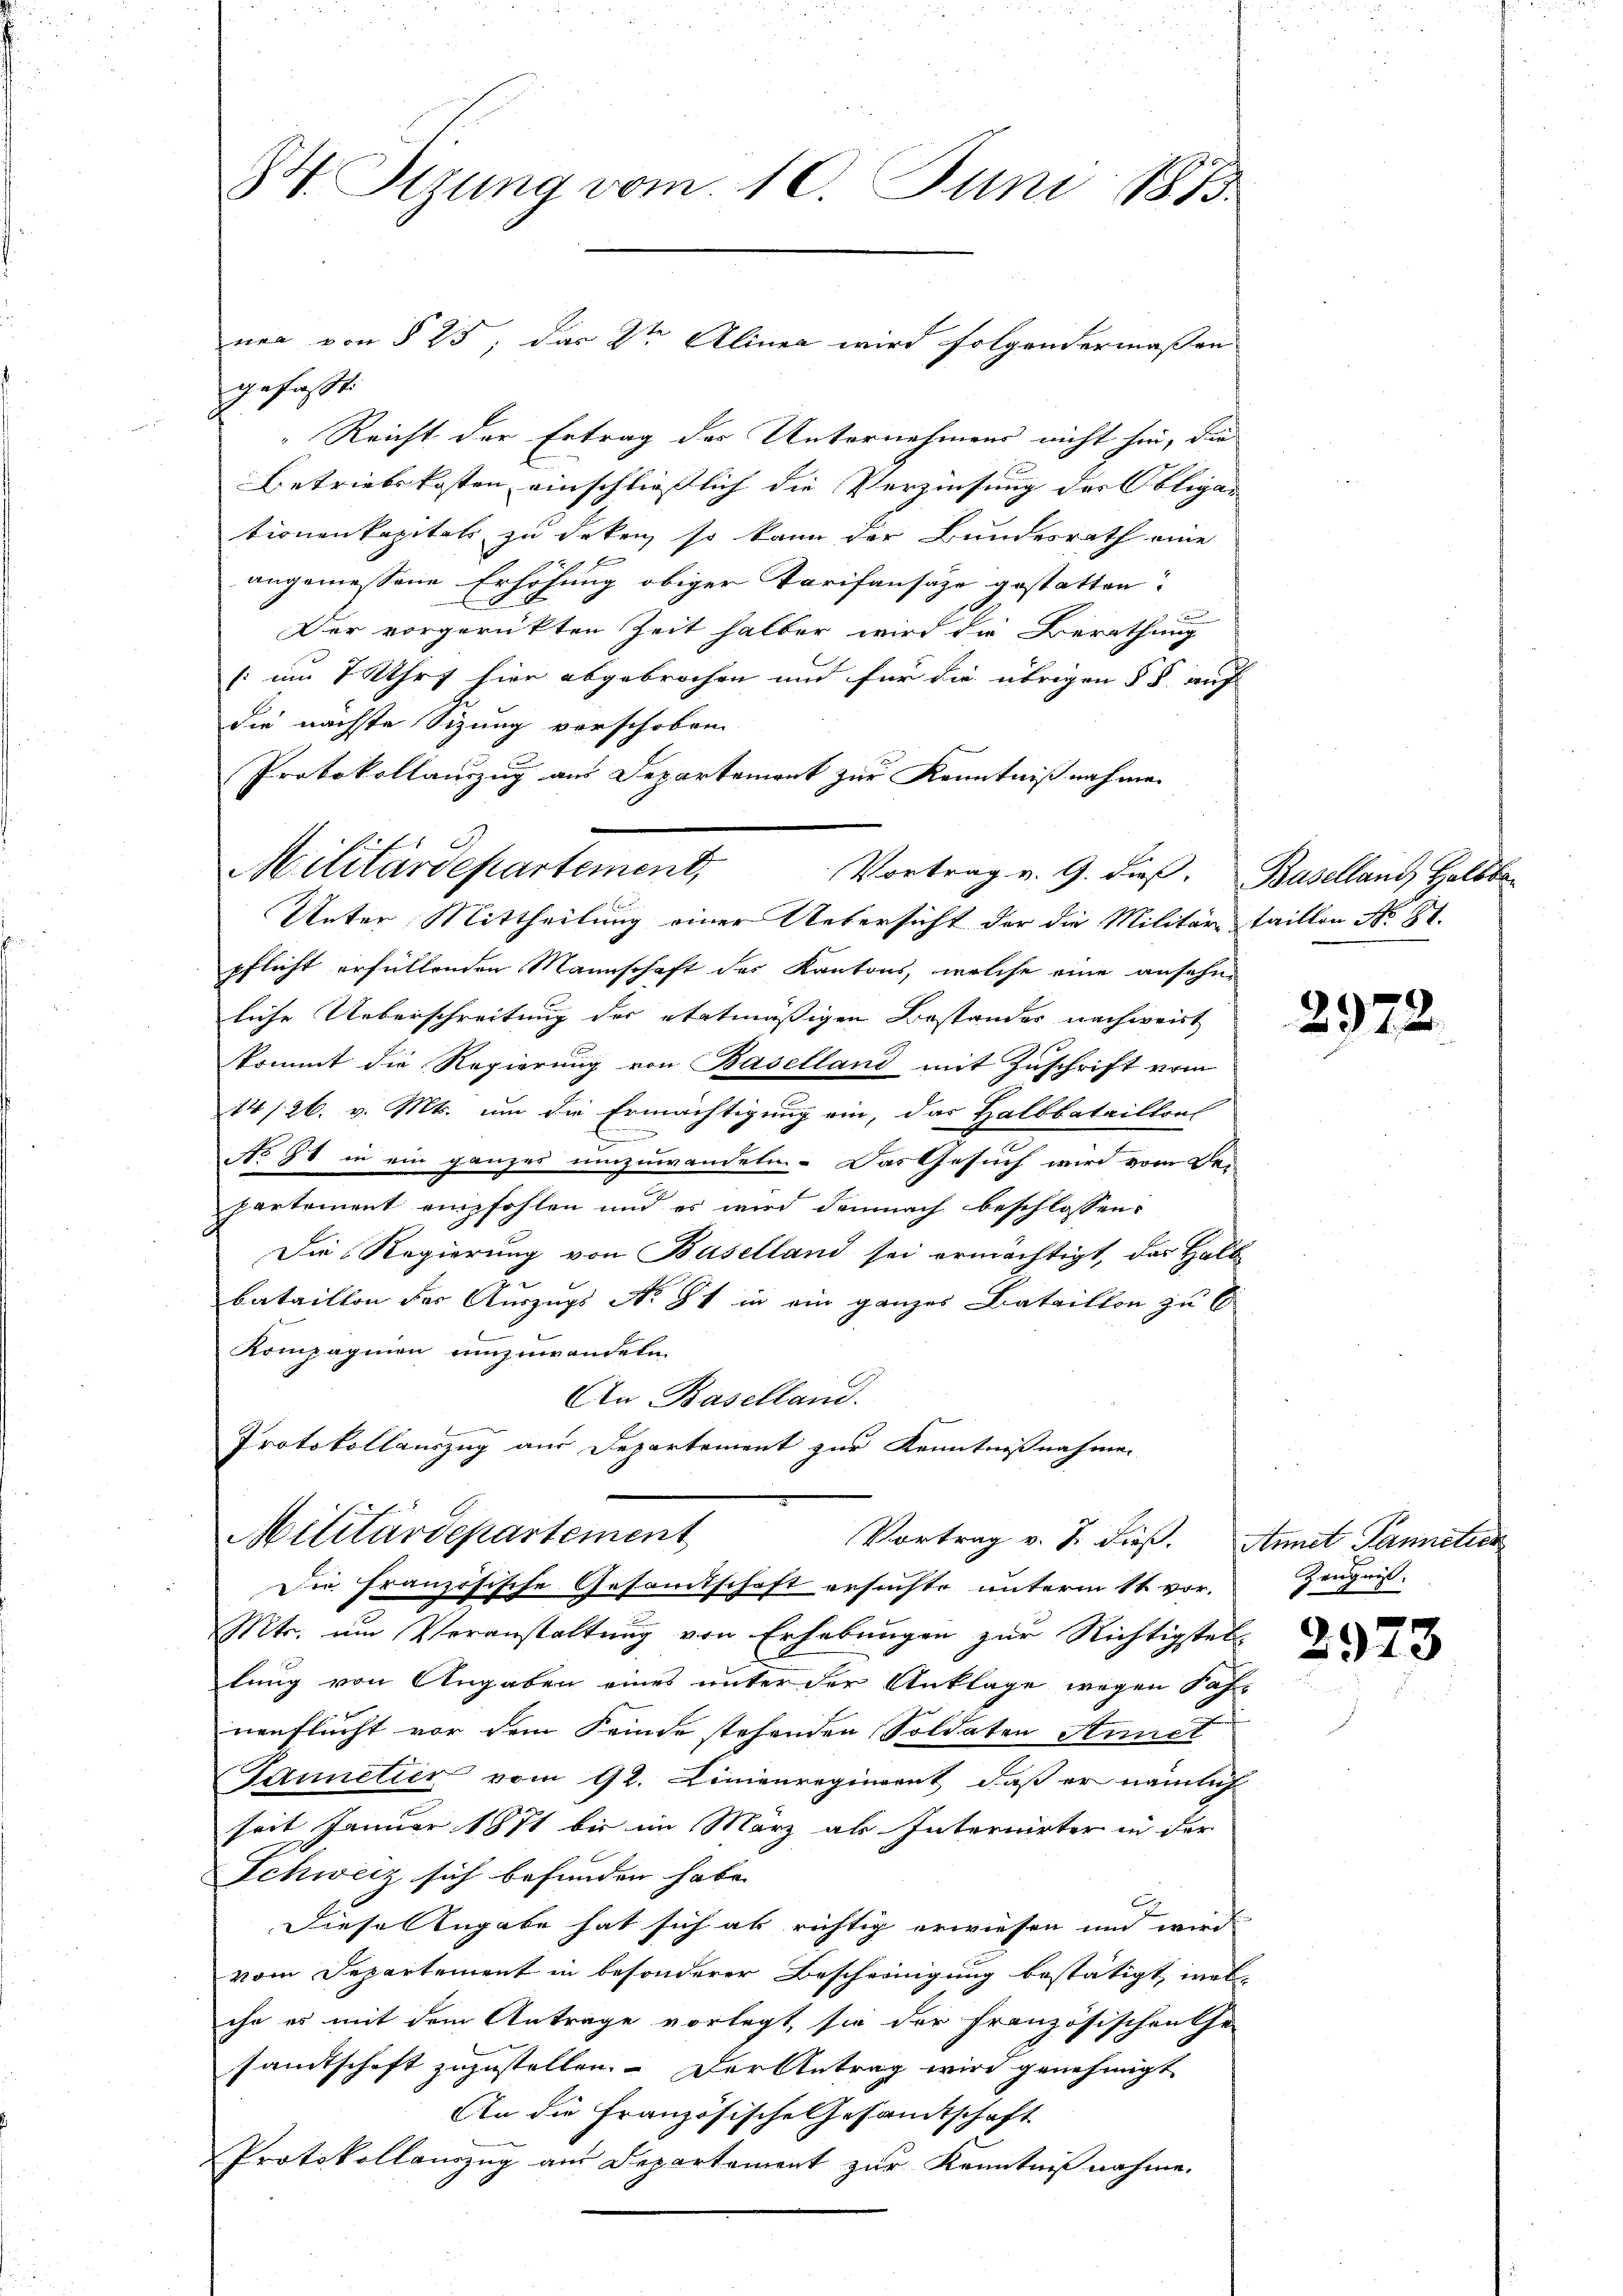
H Sizung vom 10. Juni 1883.

gefasst:
Reicht der Ertrag der Unternehmens nicht hin, die
Betriebskosten einschließlich die Verzinsung des Obliga
tionenkapitals zu deken, so kann der Bundesrath eine
E
angemessene Erhöhung obiger Tarifansaze gestatten.
Der vorgerükten Zeit halber wird die Berathung
(:um 7 Uhr hier abgebrochen und für die übrigen § §. auf
die nächste Sizung vorschoben
Protokollauszug aus Departement zur Kenntnißnahmen
Unter Mittheilung einer Uebersicht der die Militärtaillon No 81.
pflicht erfüllenden Mannschaft der Kantons, welche eine ansehne
liche Ueberschreitung des etatmäßigen Bestandes nachweist
kommt die Regierung von Baselland mit Zuschrift vom
14/26. v. Mts. um die Ermächtigung ein, das Halbbataillons
g
No 81 in ein ganzes umzuwandeten. Das Gesuch wird vom Bepartement empfohlen und es wird demnach beschlossen,
Die Regierung von Baselland sei ermächtigt, das Halb
bataillon der Auszugs No 81 in ein ganzes Bataillon zu b
Kompagnien umzuwandeln
An Baselland.
s
Protokollauszug aus Departement zur Kenntnißnahmen

Militärdepartement

nea von § 25, das 2ten Alinea wird folgendermaßen

Militärdepartement,

Vortrag v. 9. dieß. Baselland Halbba

Vortrag v. J. dieß. Annet Pannetier
Die Französische Gesamtschaft ersuchte unterm 1t vor.

Mts. um Veranstaltung von Erhebungen zur Richtigstel
lung von Angaben eines unter der Anklage wegen Saf-
nenflucht vor dem Feinde stehenden Soldaten Annet
Tannetier vom 92. Linienregiment, daß er nämlich
seit Januar 1871 bis im März als Internirter in der
Schweiz sich befunden habe. |
Diese Angabe hat sich als richtig erwiesen und wird
vom Departement in besonderer Bescheinigung bestätigt, welihr es mit dem Antrage vorlegt, sie der französischen Ge
samtschaft zuzustellen. Der Antrag wird genehmigt
An die Französische Gesamtschaft
Protokollauszug aus Departement zur Kenntnißnahme.

2972.

Zeugnis.

2973